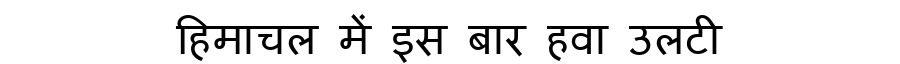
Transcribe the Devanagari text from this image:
हिमाचल में इस बार हवा उलटी